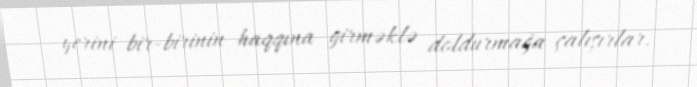
yerini bir-birinin haqqına girməklə doldurmağa çalışırlar.